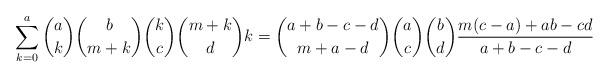
LaTeX: \begin{align*} \sum_{k=0}^a \binom{a}{k}\binom{b}{m+k}\binom{k}{c}\binom{m+k}{d} k = \binom{a+b-c-d}{m+a-d}\binom{a}{c}\binom{b}{d} \frac{m(c-a)+ab-cd}{a+b-c-d}\end{align*}